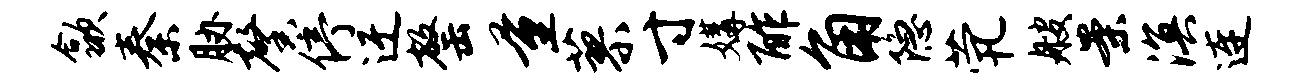
歙秦胁馨停迂罄量蓼寸媾酢角隐茕艘案溟连